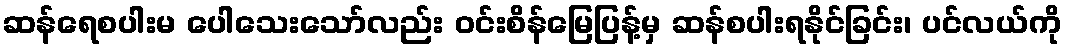
ဆန်ရေစပါးမ ပေါသေးသော်လည်း ဝင်းစိန်မြေပြန့်မှ ဆန်စပါးရနိုင်ခြင်း၊ ပင်လယ်ကို